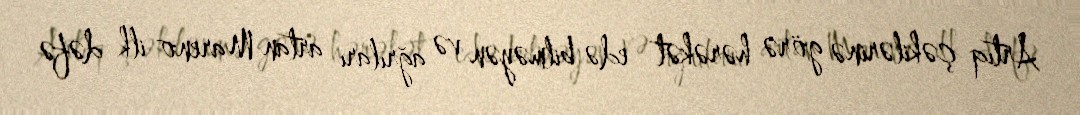
Artıq çəkilərinə görə hərəkət edə bilməyən və ağrıları artan Mareno ilk dəfə